Vaccination Hyderabad 1872-1889 - 1872-1889
Year: 1872
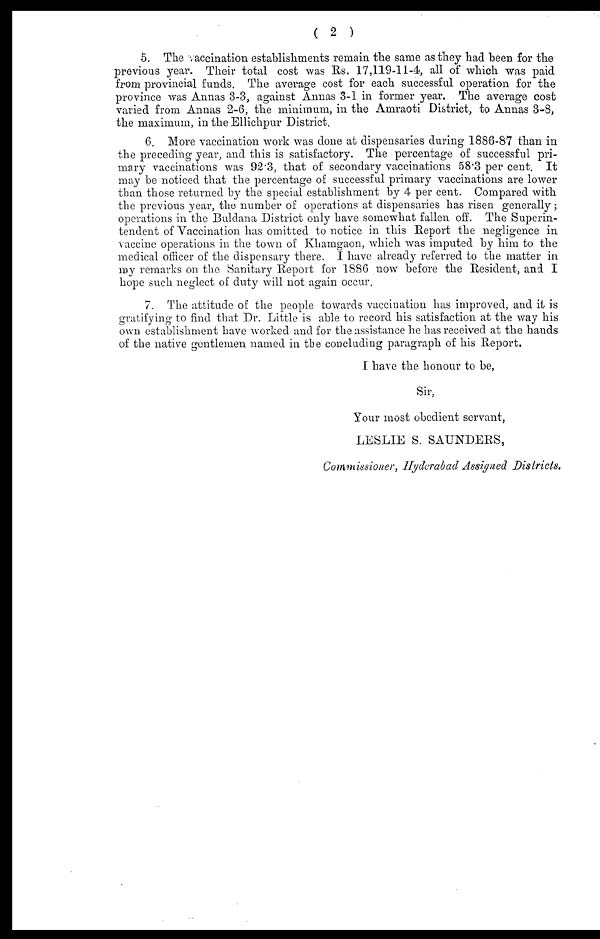
( 2 )
5. The vaccination establishments remain the same as they had been for the
previous year. Their total cost was Rs. 17,119-11-4, all of which was paid
from provincial funds. The average cost for each successful operation for the
province was Annas 3-3, against Annas 3-1 in former year. The average cost
varied from Annas 2-6, the minimum, in the Amraoti District, to Annas 3-8,
the maximum, in the Ellichpur District.
6. More vaccination work was done at dispensaries during 1886-87 than in
the preceding year, and this is satisfactory. The percentage of successful pri-
mary vaccinations was 92.3, that of secondary vaccinations 58.3 per cent. It
may be noticed that the percentage of successful primary vaccinations are lower
than those returned by the special establishment by 4 per cent. Compared with
the previous year, the number of operations at dispensaries has risen generally;
operations in the Buldana District only have somewhat fallen off. The Superin-
tendent of Vaccination has omitted to notice in this Report the negligence in
vaccine operations in the town of Khamgaon, which was imputed by him to the
medical officer of the dispensary there. I have already referred to the matter in
my remarks on the Sanitary Report for 1886 now before the Resident, and I
hope such neglect of duty will not again occur.
7. The attitude of the people towards vaccination has improved, and it is
gratifying to find that Dr. Little is able to record his satisfaction at the way his
own establishment have worked and for the assistance he has received at the hands
of the native gentlemen named in the concluding paragraph of his Report.
I have the honour to be,
Sir,
Your most obedient servant,
LESLIE S. SAUNDERS,
Commissioner, Hyderabad Assigned. Districts.